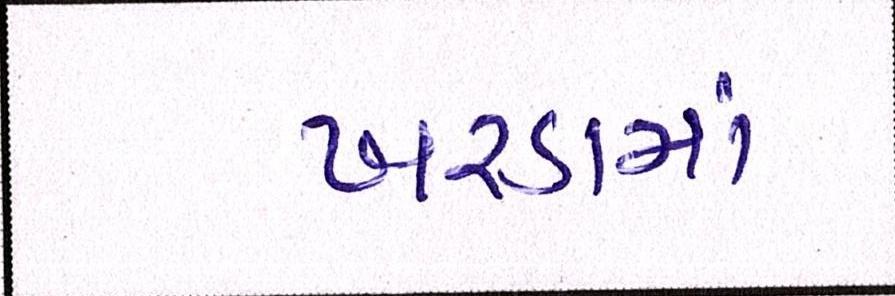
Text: ખરડામાં